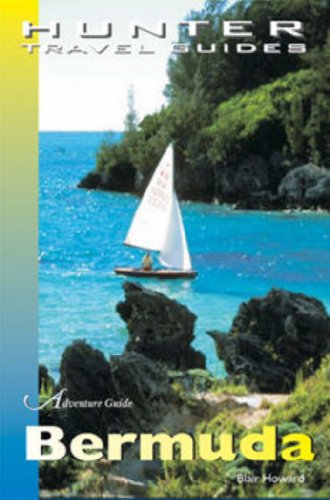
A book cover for Travel Adventures Bermuda (Adventure Guide to Bermuda); Blair Howard; Travel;